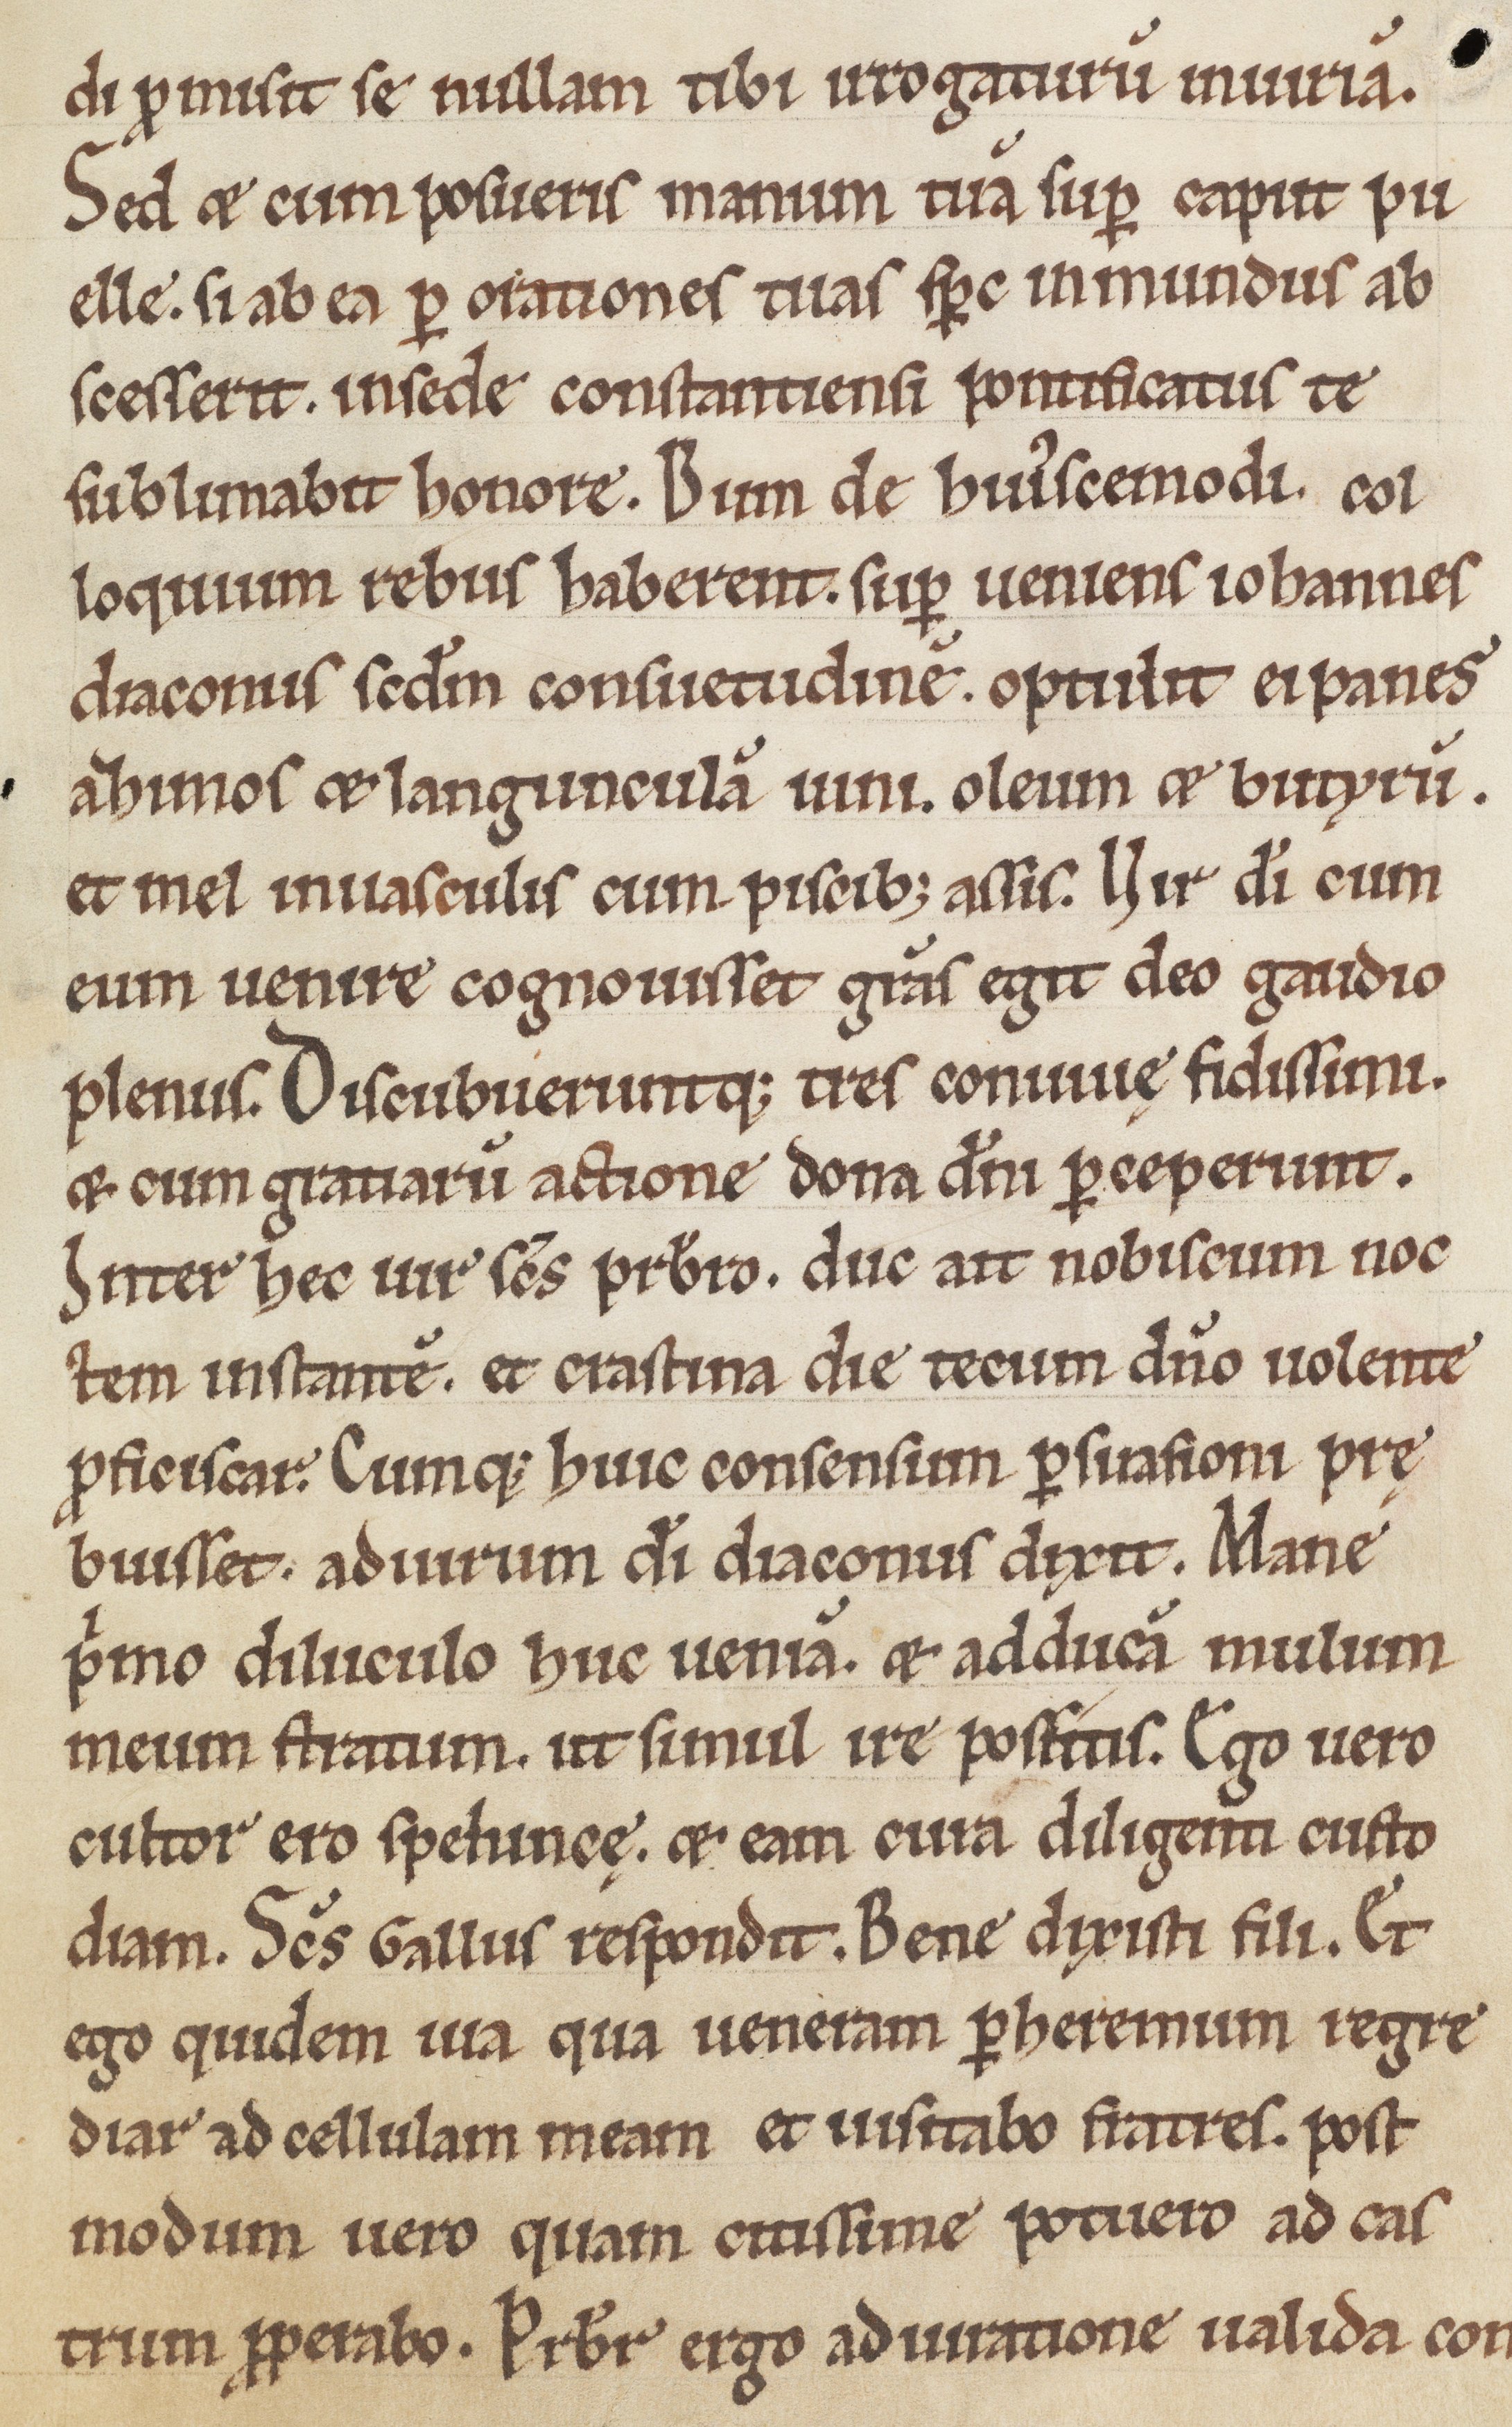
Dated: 1185–1215